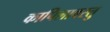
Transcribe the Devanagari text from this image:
कापिलावस्तु